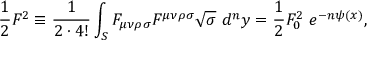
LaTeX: { \frac { 1 } { 2 } } F ^ { 2 } \equiv { \frac { 1 } { 2 \cdot 4 ! } } \int _ { { \cal S } } F _ { \mu \nu \rho \sigma } F ^ { \mu \nu \rho \sigma } \sqrt { \sigma } \ d ^ { n } y = { \frac { 1 } { 2 } } F _ { 0 } ^ { 2 } \ e ^ { - n \psi ( x ) } ,